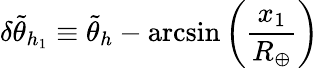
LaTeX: \delta\tilde{\theta}_{h_{1}}\equiv\tilde{\theta}_{h}-\arcsin{\left({\frac{x_{1}}{R_{\oplus}}}\right)}